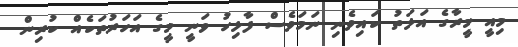
މިއީ މީރާގެ އަލަތު ކައިވެނި ނަމަވެސް ފާލިހު ވަނީ މީގެ އަހަރުތަކެއް ކުރިން